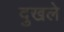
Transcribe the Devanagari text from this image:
दुखले